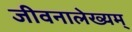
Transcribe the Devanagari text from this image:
जीवनालेख्यम्